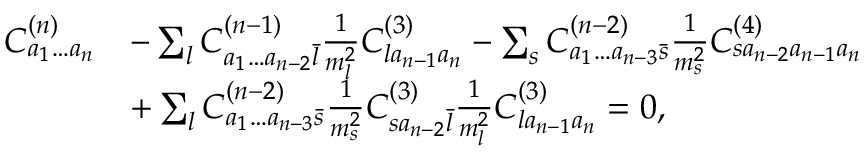
\begin{array} { r l } { C _ { a _ { 1 } \ldots a _ { n } } ^ { ( n ) } } & { - \sum _ { l } C _ { a _ { 1 } \ldots a _ { n - 2 } \bar { l } } ^ { ( n - 1 ) } \frac { 1 } { m _ { l } ^ { 2 } } C _ { l a _ { n - 1 } a _ { n } } ^ { ( 3 ) } - \sum _ { s } C _ { a _ { 1 } \ldots a _ { n - 3 } \bar { s } } ^ { ( n - 2 ) } \frac { 1 } { m _ { s } ^ { 2 } } C _ { s a _ { n - 2 } a _ { n - 1 } a _ { n } } ^ { ( 4 ) } } \\ & { + \sum _ { l } C _ { a _ { 1 } \ldots a _ { n - 3 } \bar { s } } ^ { ( n - 2 ) } \frac { 1 } { m _ { s } ^ { 2 } } C _ { s a _ { n - 2 } \bar { l } } ^ { ( 3 ) } \frac { 1 } { m _ { l } ^ { 2 } } C _ { l a _ { n - 1 } a _ { n } } ^ { ( 3 ) } = 0 , } \end{array}